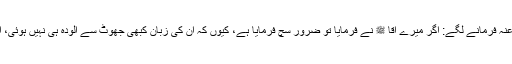
حضرت ابوبکر صدیق رضی اﷲ عنہ فرمانے لگے: اگر میرے آقا ﷺ نے فرمایا تو ضرور سچ فرمایا ہے، کیوں کہ ان کی زبان کبھی جھوٹ سے آلودہ ہی نہیں ہوئی، آپؐ ہمیشہ سے صادق اور امین ہیں۔